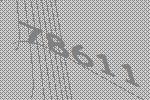
78611